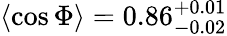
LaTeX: \langle\cos\Phi\rangle=0.86_{-0.02}^{+0.01}